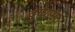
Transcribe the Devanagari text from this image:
दुग्धाभ